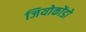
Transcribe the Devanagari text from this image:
जियोकोंडो